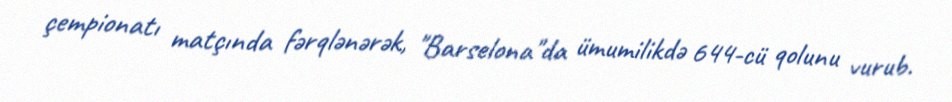
çempionatı matçında fərqlənərək, "Barselona"da ümumilikdə 644-cü qolunu vurub.